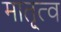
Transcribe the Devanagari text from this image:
मातृ्त्व